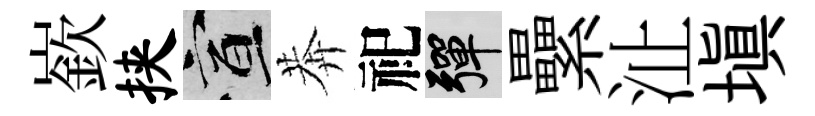
嶔挟宣莾祀彈纍沚塡